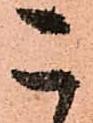
こ